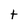
Character: t